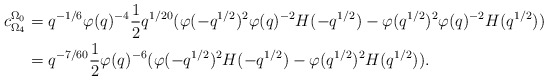
\begin{align*} c_{\Omega_4}^{\Omega_0} &= q^{-1/6}\varphi(q)^{-4}\dfrac{1}{2}q^{1/20}(\varphi(-q^{1/2})^2\varphi(q)^{-2}H(-q^{1/2})-\varphi(q^{1/2})^2\varphi(q)^{-2}H(q^{1/2}))\\ &= q^{-7/60}\dfrac{1}{2}\varphi(q)^{-6}(\varphi(-q^{1/2})^2H(-q^{1/2})-\varphi(q^{1/2})^2H(q^{1/2})).\end{align*}